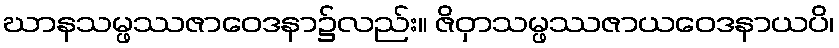
ဃာနသမ္ဖဿဇာဝေဒနာ၌လည်း။ ဇိဝှာသမ္ဖဿဇာယဝေဒနာယပိ၊